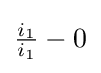
{\tfrac {i_{1}}{i_{1}}}-0